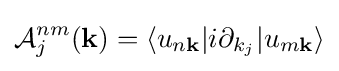
{\mathcal {A}}_{j}^{nm}(\mathbf {k} )=\langle u_{n\mathbf {k} }|i\partial _{k_{j}}|u_{m\mathbf {k} }\rangle